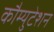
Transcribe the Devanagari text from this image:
कौम्युटेशन